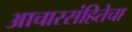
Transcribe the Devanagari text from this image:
आचारसंहितेचा